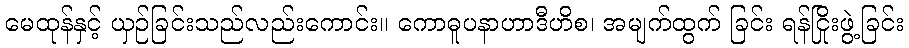
မေထုန်နှင့် ယှဉ်ခြင်းသည်လည်းကောင်း။ ကောဓူပနာဟာဒီဟိစ၊ အမျက်ထွက် ခြင်း ရန်ငြိုးဖွဲ့ခြင်း